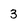
Character: 3